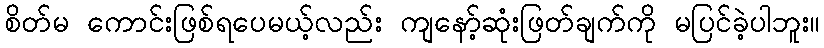
စိတ်မ ကောင်းဖြစ်ရပေမယ့်လည်း ကျနော့်ဆုံးဖြတ်ချက်ကို မပြင်ခဲ့ပါဘူး။